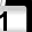
Digit: 1